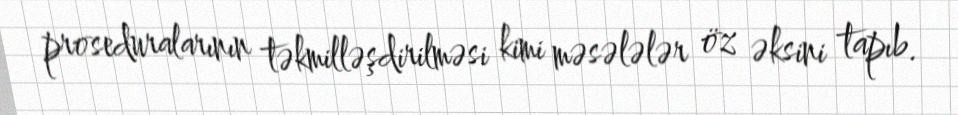
proseduralarının təkmilləşdirilməsi kimi məsələlər öz əksini tapıb.